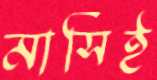
মাসিই